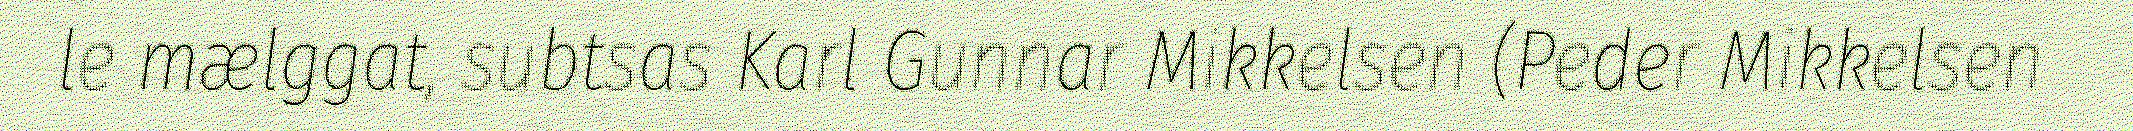
le mælggat, subtsas Karl Gunnar Mikkelsen (Peder Mikkelsen